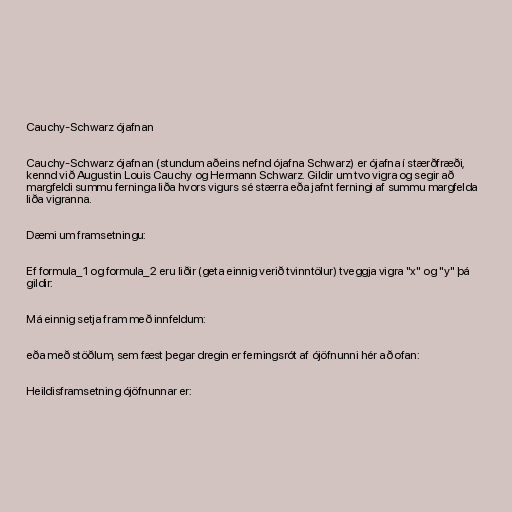
Cauchy-Schwarz ójafnan

Cauchy-Schwarz ójafnan (stundum aðeins nefnd ójafna Schwarz) er ójafna í stærðfræði,
kennd við Augustin Louis Cauchy og Hermann Schwarz. Gildir um tvo vigra og segir að
margfeldi summu ferninga liða hvors vigurs sé stærra eða jafnt ferningi af summu margfelda
liða vigranna.

Dæmi um framsetningu:

Ef formula_1 og formula_2 eru liðir (geta einnig verið tvinntölur) tveggja vigra "x" og "y" þá
gildir:

Má einnig setja fram með innfeldum:

eða með stöðlum, sem fæst þegar dregin er ferningsrót af ójöfnunni hér að ofan:

Heildisframsetning ójöfnunnar er: